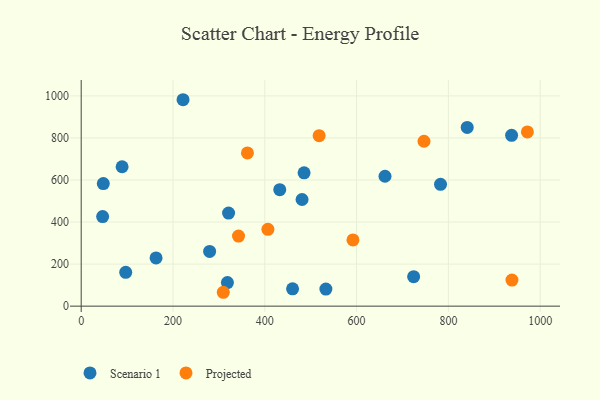
{"axis": {"x": "Investment", "y": "Yield"}, "legend": ["Projected", "Scenario 1"], "data": [{"x": "533.1", "y": 81.1, "type": "Scenario 1"}, {"x": "485.6", "y": 634.2, "type": "Scenario 1"}, {"x": "661.9", "y": 617.9, "type": "Scenario 1"}, {"x": "318.6", "y": 112.2, "type": "Scenario 1"}, {"x": "279.8", "y": 260.4, "type": "Scenario 1"}, {"x": "432.6", "y": 554.1, "type": "Scenario 1"}, {"x": "481.2", "y": 507.3, "type": "Scenario 1"}, {"x": "460.5", "y": 82.3, "type": "Scenario 1"}, {"x": "724.3", "y": 140.4, "type": "Scenario 1"}, {"x": "89.1", "y": 663.1, "type": "Scenario 1"}, {"x": "937.7", "y": 812.4, "type": "Scenario 1"}, {"x": "97.0", "y": 160.7, "type": "Scenario 1"}, {"x": "782.9", "y": 579.3, "type": "Scenario 1"}, {"x": "48.2", "y": 582.9, "type": "Scenario 1"}, {"x": "163.1", "y": 229.6, "type": "Scenario 1"}, {"x": "321.1", "y": 442.5, "type": "Scenario 1"}, {"x": "221.9", "y": 981.8, "type": "Scenario 1"}, {"x": "46.7", "y": 426.0, "type": "Scenario 1"}, {"x": "841.0", "y": 850.1, "type": "Scenario 1"}, {"x": "518.4", "y": 811.0, "type": "Projected"}, {"x": "972.1", "y": 828.8, "type": "Projected"}, {"x": "592.1", "y": 315.0, "type": "Projected"}, {"x": "746.9", "y": 784.3, "type": "Projected"}, {"x": "309.6", "y": 66.0, "type": "Projected"}, {"x": "342.8", "y": 333.5, "type": "Projected"}, {"x": "406.8", "y": 365.3, "type": "Projected"}, {"x": "362.2", "y": 728.8, "type": "Projected"}, {"x": "938.5", "y": 123.8, "type": "Projected"}]}